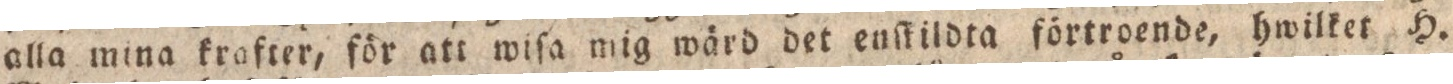
alla mina krafter, för att wiſa mig wärd det enſtildta förtroende, hwilket H.